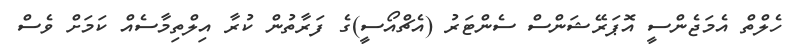
ހެލްތް އެމަޖެންސީ އޮޕަރޭޝަންސް ސެންޓަރު (އެޗްއޯސީ)ގެ ފަރާތުން ކުރާ އިލްތިމާސެއް ކަމަށް ވެސް